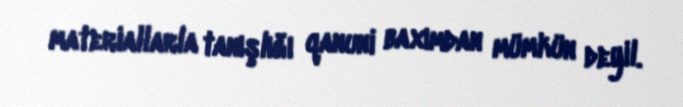
materiallarla tanışlığı qanuni baxımdan mümkün deyil.